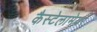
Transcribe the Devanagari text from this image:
कैस्टेलामेयर